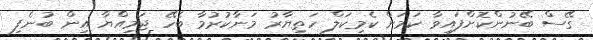
ގޭސް ބޭނުންކޮށްފައިވާ ކަމަށް ކެމިކަލް ހަތިޔާރު މަނާކުރުމާ ބެހޭ ޖަމިއްޔާ އިން ބުނެފި